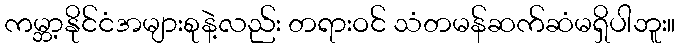
ကမ္ဘာ့နိုင်ငံအများစုနဲ့လည်း တရားဝင် သံတမန်ဆက်ဆံမရှိပါဘူး။